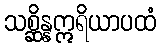
သစ္ဆိန္နဣရိယာပထံ